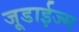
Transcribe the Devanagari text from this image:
जूडाईज्म